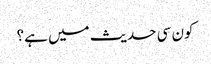
کون سی حدیث میں ہے؟